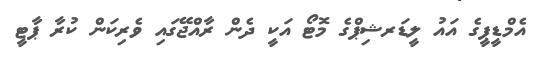
އެމްޑީޕީގެ އައު ލީޑަރޝިޕްގެ މޮޓޯ އަކީ ދެން ރާއްޖޭގައި ވެރިކަން ކުރާ ޕާޓީ